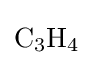
{\mathrm {C} {\vphantom {A}}_{\smash[{t}]{3}}\mathrm {H} {\vphantom {A}}_{\smash[{t}]{4}}}